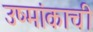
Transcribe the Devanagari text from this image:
उष्मांकाची